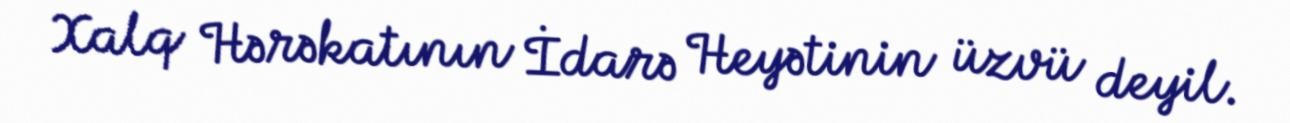
Xalq Hərəkatının İdarə Heyətinin üzvü deyil.